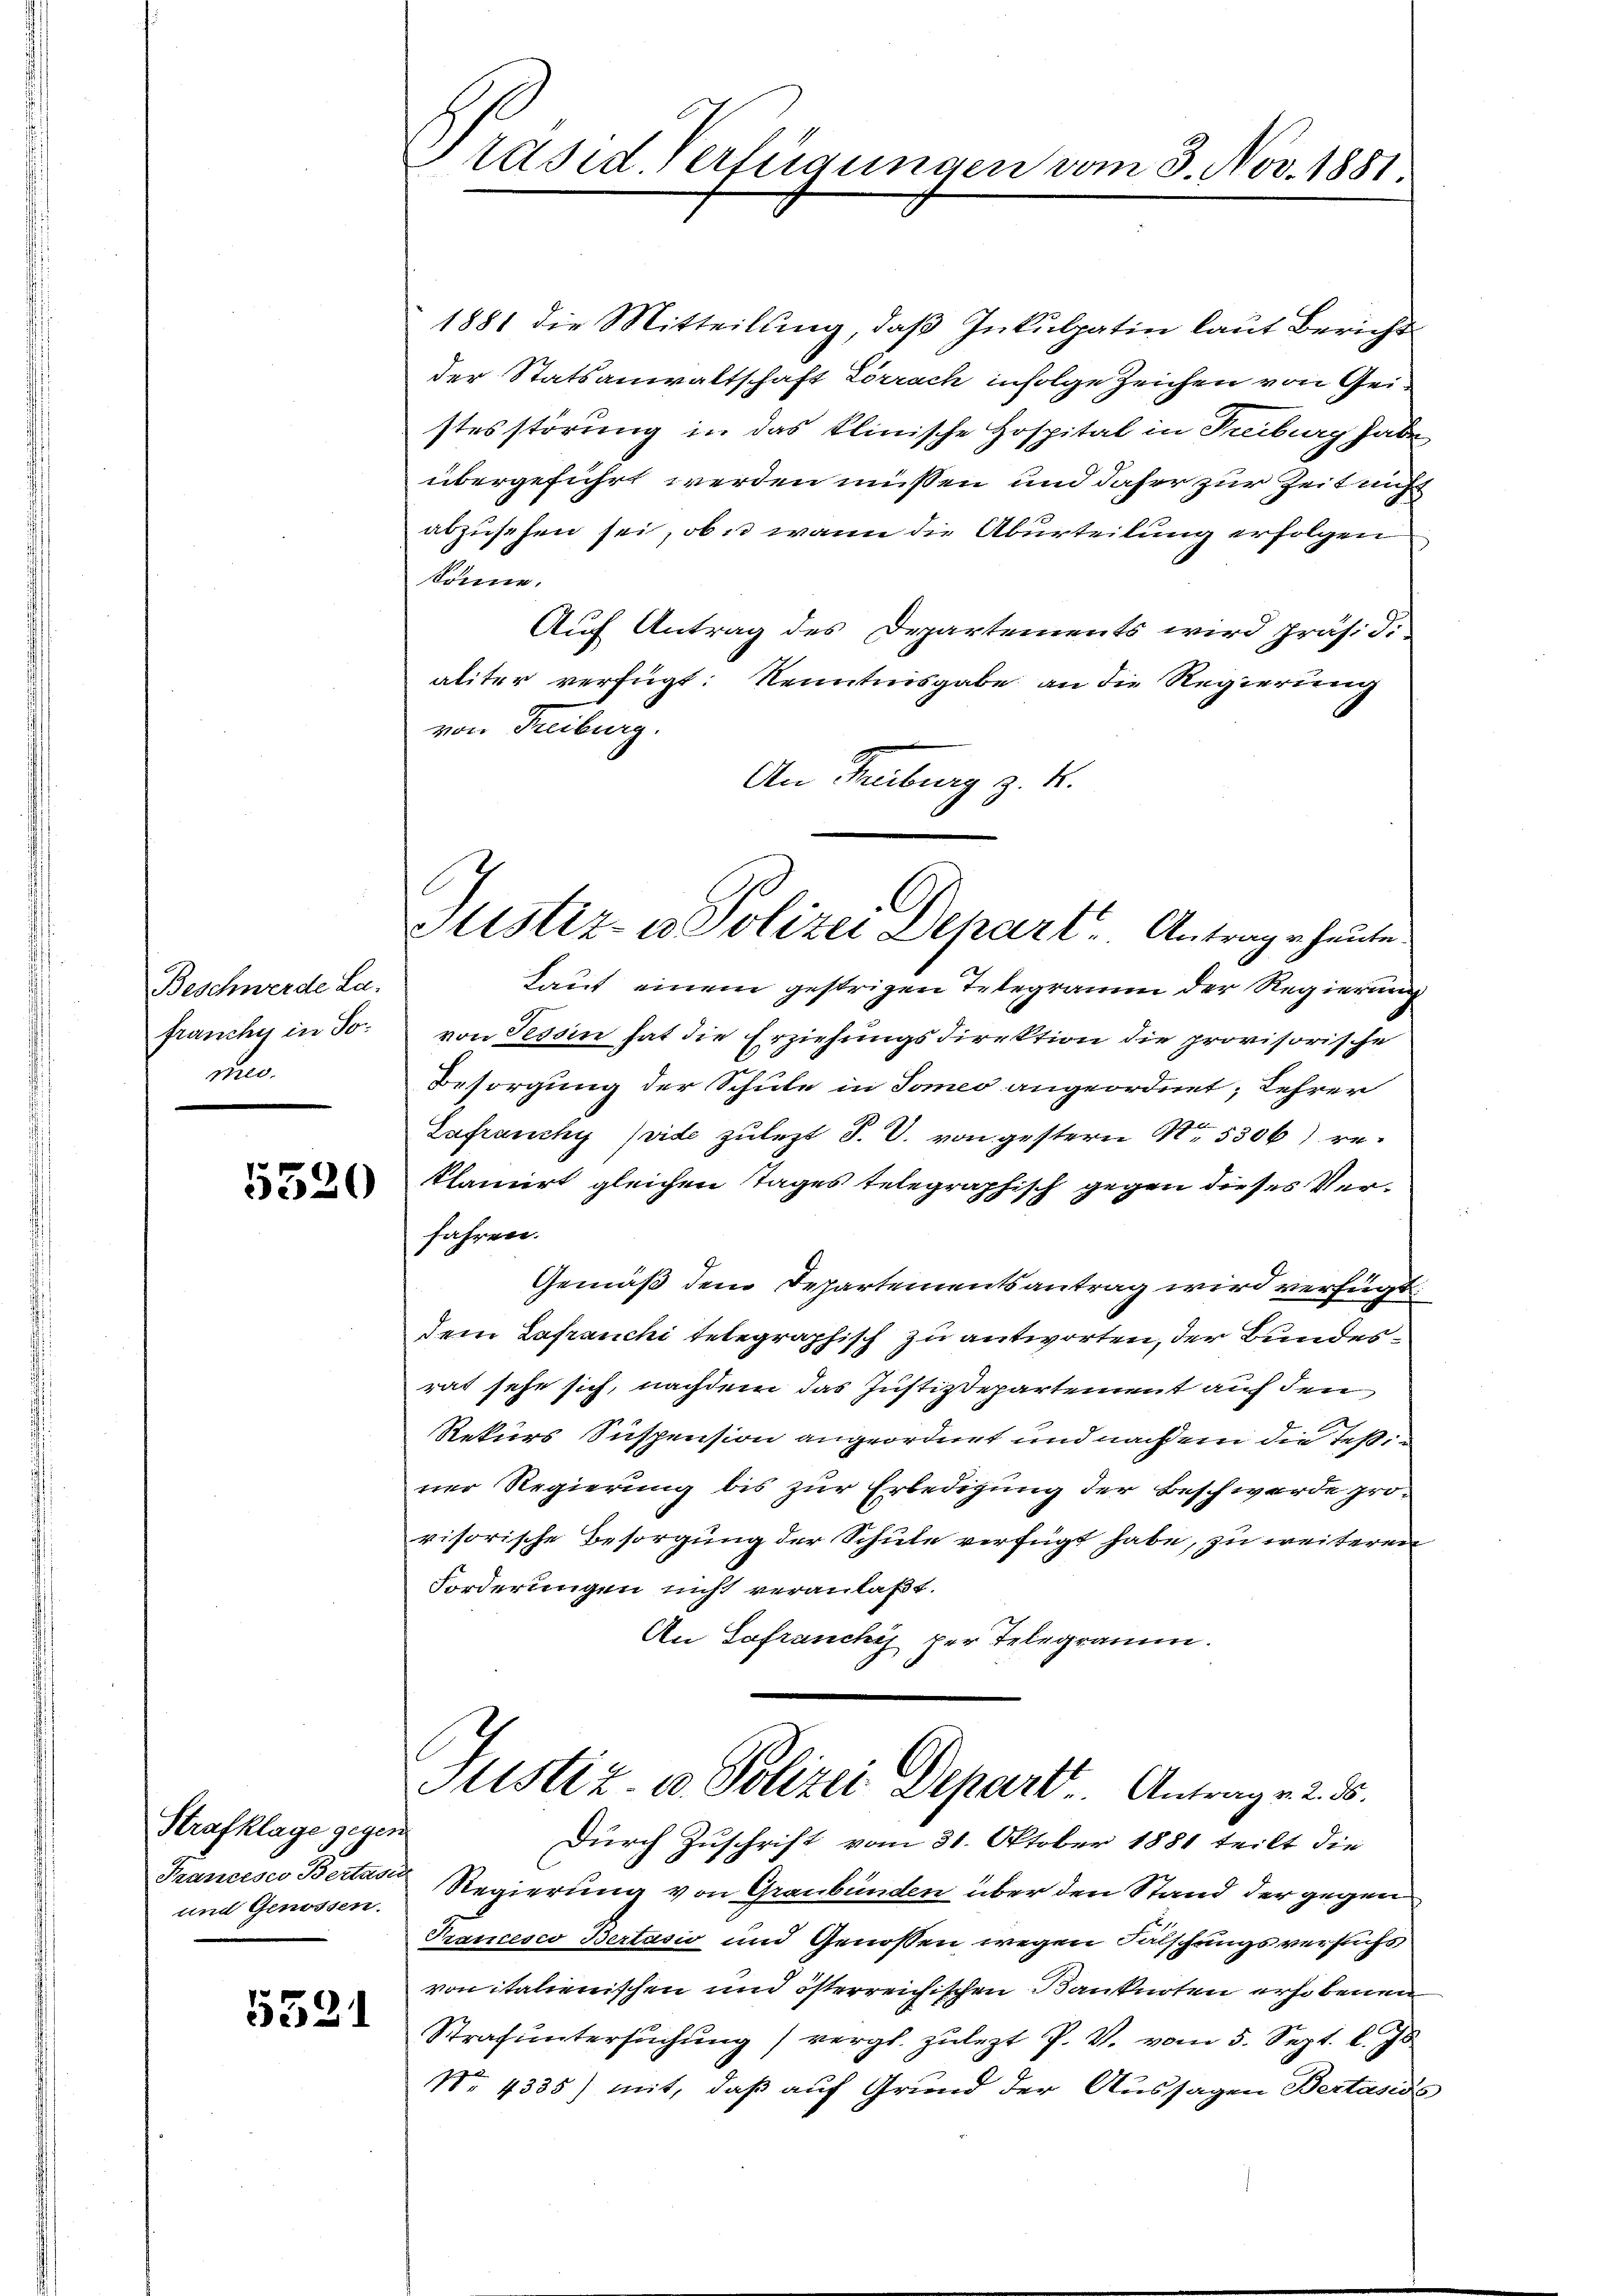
Beschwerde La
franchy in Somes.

5520

Strafklage gegen
Francesco Bertasi
und Genossen.

5521

Präsid. Verfügungen vom 3. Nov. 1881.

1881 die Mitteilŭng, daβ Inkulpatin laut Bericht
der Statsanwaltschaft Lörrach infolge Zeichen von Geistesstörung in das klinische Hospital in Treiburg habe
übergeführt werden müssen und daher zur Zeit nicht
abzusehen sei, ob u wann die Aburteilung erfolgen
könne.
Auf Antrag des Departements wird präsidi
aliter verfügt: Kenntnisgabe an die Regierung
von Freiburg.
An Treiburg z. B.
laut einem gestrigen Telegramm der Regierung
von Tessin hat die Erziehungsdirektion die provisorische
Besorgung der Schule in Tomeo angeordnet; Lehrer
Safranchy (vide zulezt P. V. von gestern No. 5306) reklamirt gleichen Tages telegraphisch gegen dieses Verfahren.
Gemäß dem Departementsantrag wird verfügt:
dem Lafranchi telegraphisch zu antworten, der Bundesrat sehe sich, nachdem das Justizdepartement auf den
Rekurs Suspension angeordnet und nachdem die Testiner Regierung bis zur Erledigung der Beschwerde provisorische Besorgung der Schule verfügt habe, zu weiteren
Forderungen nicht veranlaßt.
An Safranchi per Telegramm.
Itistiz- u. Polizei Depart Antrage 2. 55.
Durch Zuschrift vom 31. Oktober 1881 teilt die
Regierung von Graubünden über den Stand der gegen
Prancesco Bertasio und Genossen wegen Fälschangsversuchs
von italienischen und österreichischen Bankarten erhobenen
Strafuntersuchung vergl. zulezt P. V. vom 5. Sept. l. Js
NNo. 4335) mit, daß auf Grund der Aussagen Bertaside

Justiz- u. Polizei Dehart. Antrage heute

e